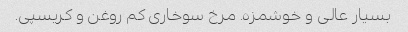
بسیار عالی و خوشمزه. مرخ سوخاری کم روغن و کریسپی.